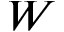
{ \cal W }